Regulations for the medical services of the Army of India
Year: 1930
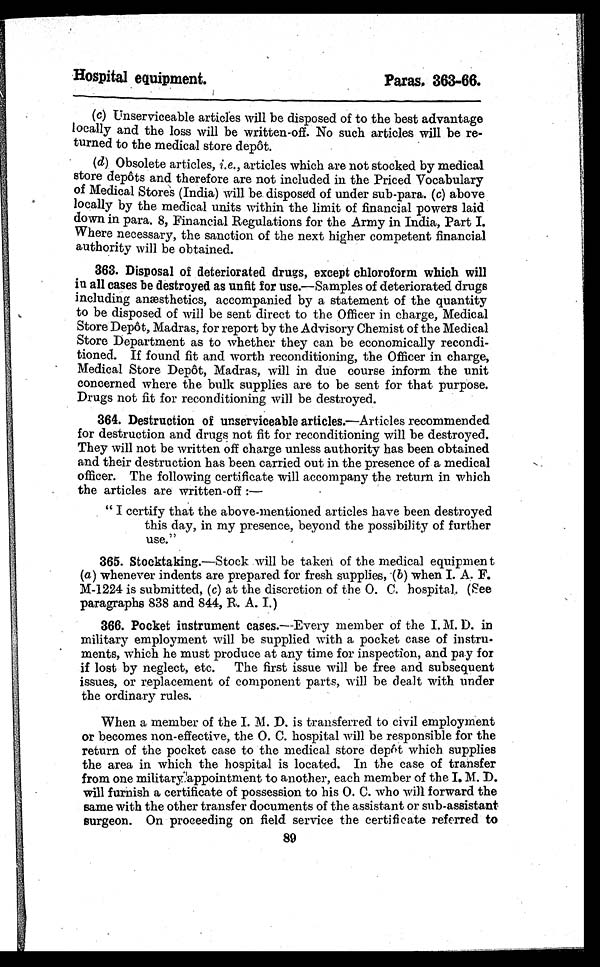
Hospital equipment.
Paras. 363-66.
(c) Unserviceable articles will be disposed of to the best advantage
locally and the loss will be written-off. No such articles will be re-
turned to the medical store depôt.
Obsolete articles, i.e. , articles which are not stocked by medical
store depôts and therefore are not included in the Priced Vocabulary
of Medical Stores (India) will be disposed of under sub-para. (c) above
locally by the medical units within the limit of financial powers laid
down in para. 8, Financial Regulations for the Army in India, Part I.
Where necessary, the sanction of the next higher competent financial
authority will be obtained.
363. Disposal of deteriorated drugs, except chloroform which will
in all cases be destroyed as unfit for use. —Samples of deteriorated drugs
including anæsthetics, accompanied by a statement of the quantity
to be disposed of will be sent direct to the Officer in charge, Medical
Store Depôt, Madras, for report by the Advisory Chemist of the Medical
Store Department as to whether they can be economically recondi-
tioned. If found fit and worth reconditioning, the Officer in charge,
Medical Store Depôt, Madras, will in due course inform the unit
concerned where the bulk supplies are to be sent for that purpose.
Drugs not fit for reconditioning will be destroyed.
364. Destruction of unserviceable articles. —Articles recommended
for destruction and drugs not fit for reconditioning will be destroyed.
They will not be written off charge unless authority has been obtained
and their destruction has been carried out in the presence of a medical
officer. The following certificate will accompany the return in which
the articles are written-off :—
" I c e r t i f y t h a t t h e a b o v e - m e n t i o n e d a r t i c l e s h a v e b e e n d e s t r o y e d
this day, in my presence, beyond the possibility of further
use."
365. Stocktaking.—Stock will be taken of the medical equipment
(a ) whenever indents are prepared for fresh supplies, ( b) when I. A. F.
M-1224 is submitted, ( c) at the discretion of the O. C. hospital,. (See
paragraphs 838 and 844, R. A. I.)
366. Pocket instrument cases.—Every member of the I. M. D. in
military employment will be supplied with a pocket case of instru-
ments, which he must produce at any time for inspection, and pay for
if lost by neglect, etc. The first issue will be free and subsequent
issues, or replacement of component parts, will be dealt with under
the ordinary rules.
When a member of the I. M. D. is transferred to civil employment
or becomes non-effective, the O. C. hospital will be responsible for the
return of the pocket case to the medical store depôt which supplies
the area in which the hospital is located. In the case of transfer
from one military appointment to another, each member of the I. M. D.
will furnish a certificate of possession to his O. C. who will forward the
same with the other transfer documents of the assistant or sub-assistant
surgeon. On proceeding on field service the certificate referred to
89